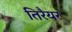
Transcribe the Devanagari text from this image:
तिरैयर